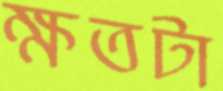
ক্ষতটা